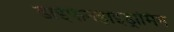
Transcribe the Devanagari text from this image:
डाईफेनहाइड्रामिन